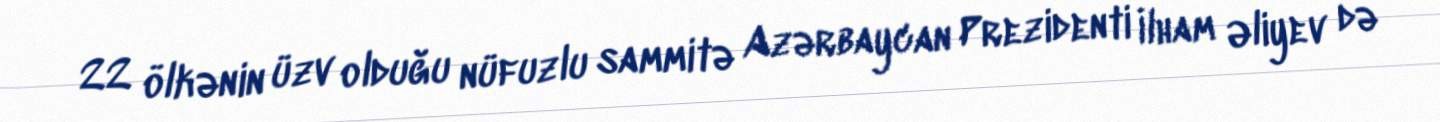
22 ölkənin üzv olduğu nüfuzlu sammitə Azərbaycan Prezidenti İlham Əliyev də